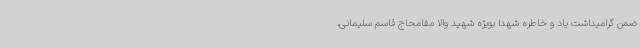
ضمن گرامیداشت یاد و خاطره شهدا بویژه شهید والا مقامحاج قاسم سلیمانی،